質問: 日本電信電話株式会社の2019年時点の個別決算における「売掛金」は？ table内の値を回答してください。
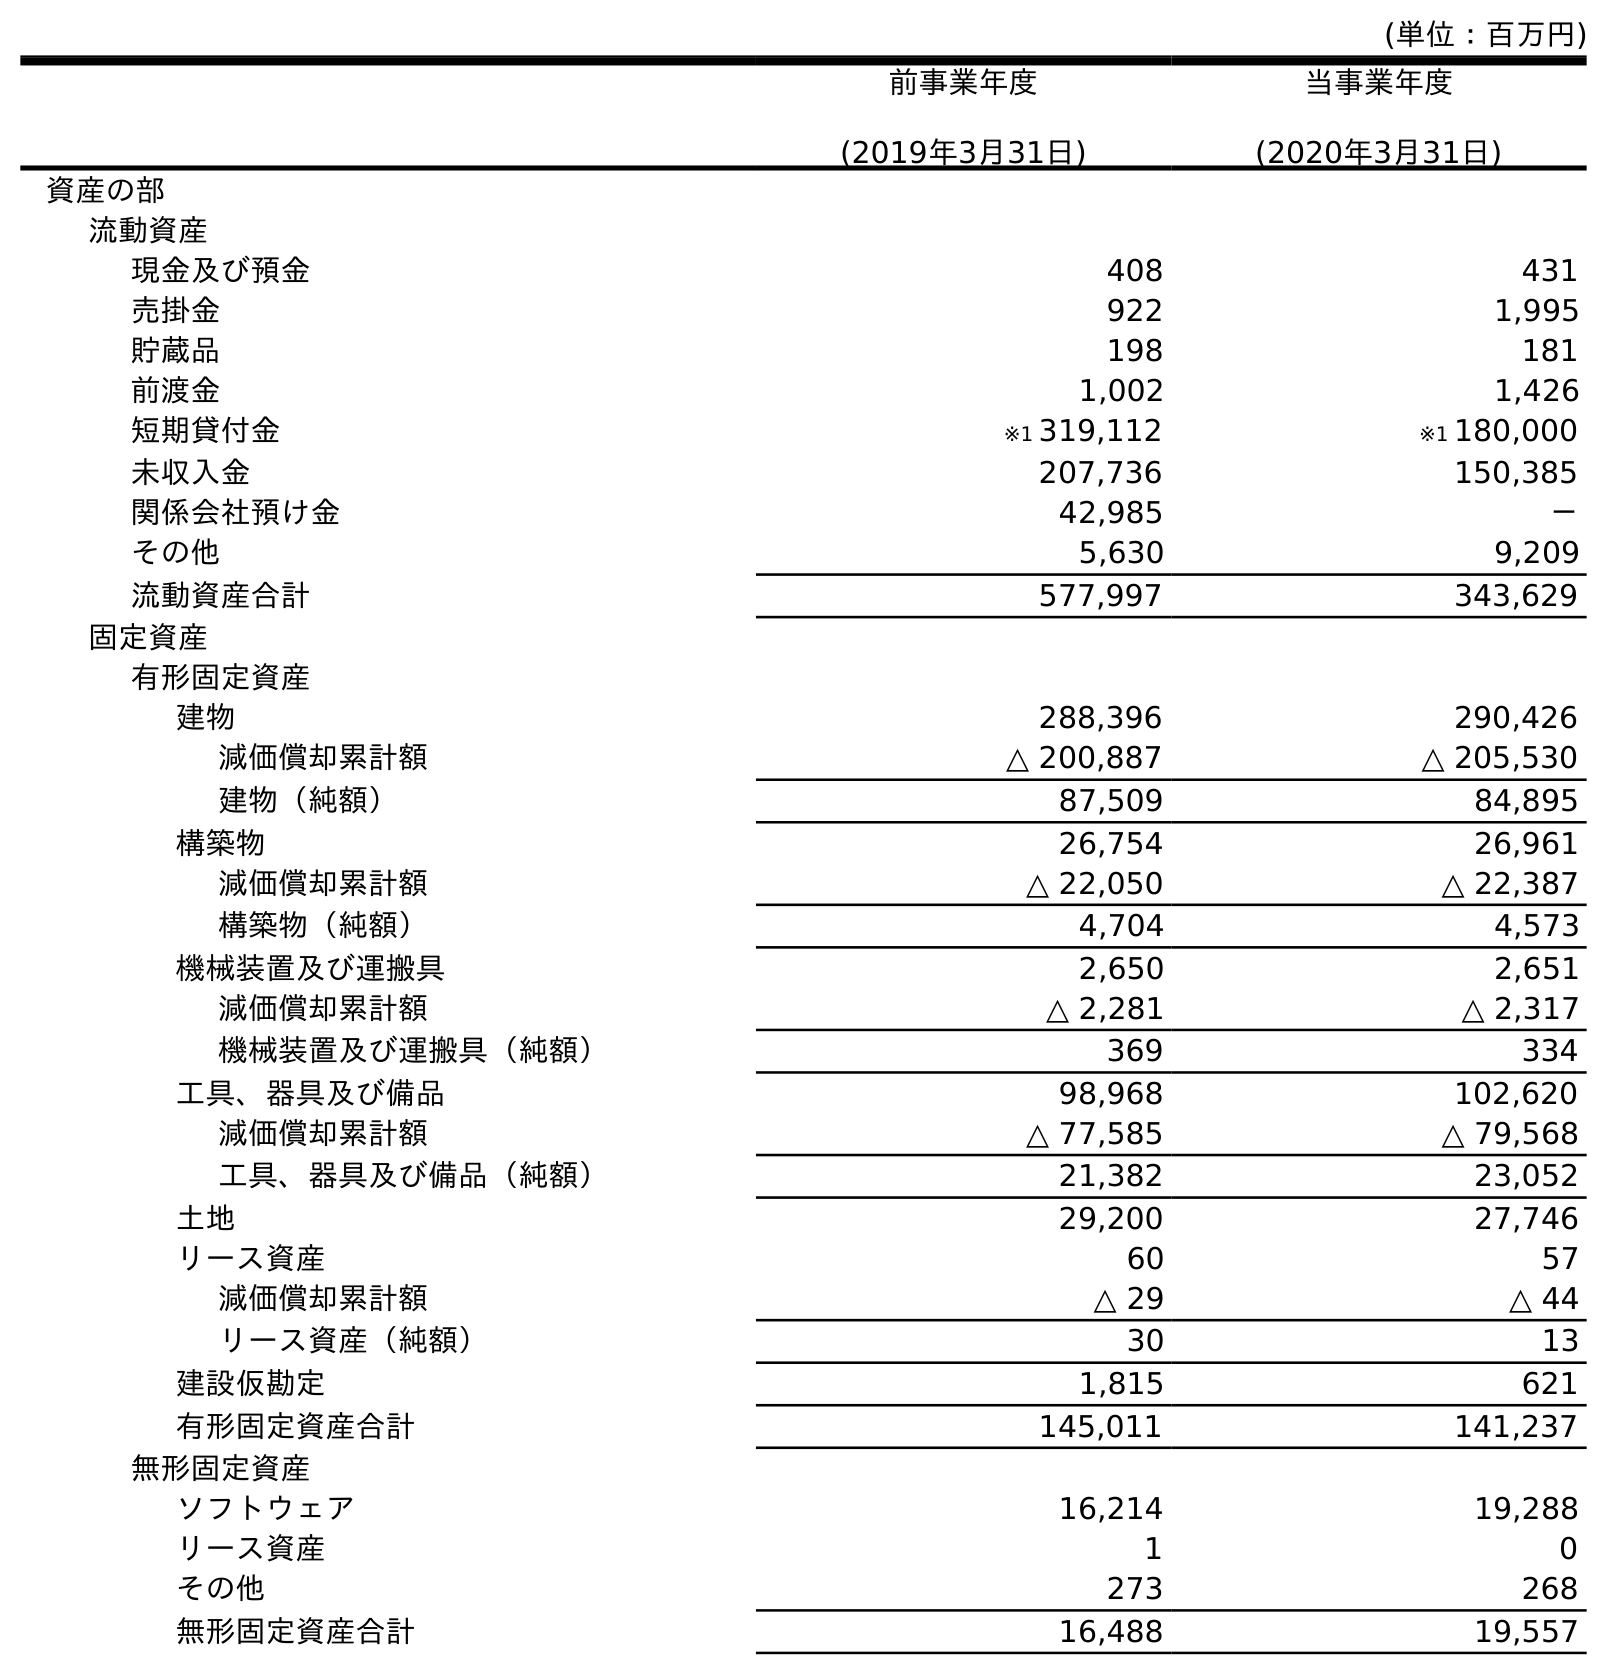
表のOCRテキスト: (単位：百万円) 前事業年度 (2019年3月31日) 当事業年度 (2020年3月31日) 資産の部 流動資産 現金及び預金 408 431 売掛金 922 1,995 貯蔵品 198 181 前渡金 1,002 1,426 短期貸付金 ※1 319,112 ※1 180,000 未収入金 207,736 150,385 関係会社預け金 42,985 － その他 5,630 9,209 流動資産合計 577,997 343,629 固定資産 有形固定資産 建物 288,396 290,426 減価償却累計額 △ 200,887 △ 205,530 建物（純額） 87,509 84,895 構築物 26,754 26,961 減価償却累計額 △ 22,050 △ 22,387 構築物（純額） 4,704 4,573 機械装置及び運搬具 2,650 2,651 減価償却累計額 △ 2,281 △ 2,317 機械装置及び運搬具（純額） 369 334 工具、器具及び備品 98,968 102,620 減価償却累計額 △ 77,585 △ 79,568 工具、器具及び備品（純額） 21,382 23,052 土地 29,200 27,746 リース資産 60 57 減価償却累計額 △ 29 △ 44 リース資産（純額） 30 13 建設仮勘定 1,815 621 有形固定資産合計 145,011 141,237 無形固定資産 ソフトウェア 16,214 19,288 リース資産 1 0 その他 273 268 無形固定資産合計 16,488 19,557
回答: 922